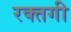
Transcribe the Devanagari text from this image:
रक्तगी